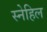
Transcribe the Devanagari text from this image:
स्नेहिल